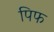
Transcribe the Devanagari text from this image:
पिफ